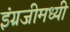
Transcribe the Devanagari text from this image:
इंग्रजीमध्यी